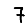
Digit: 7